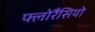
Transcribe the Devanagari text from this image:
फ्लोरैंसियो